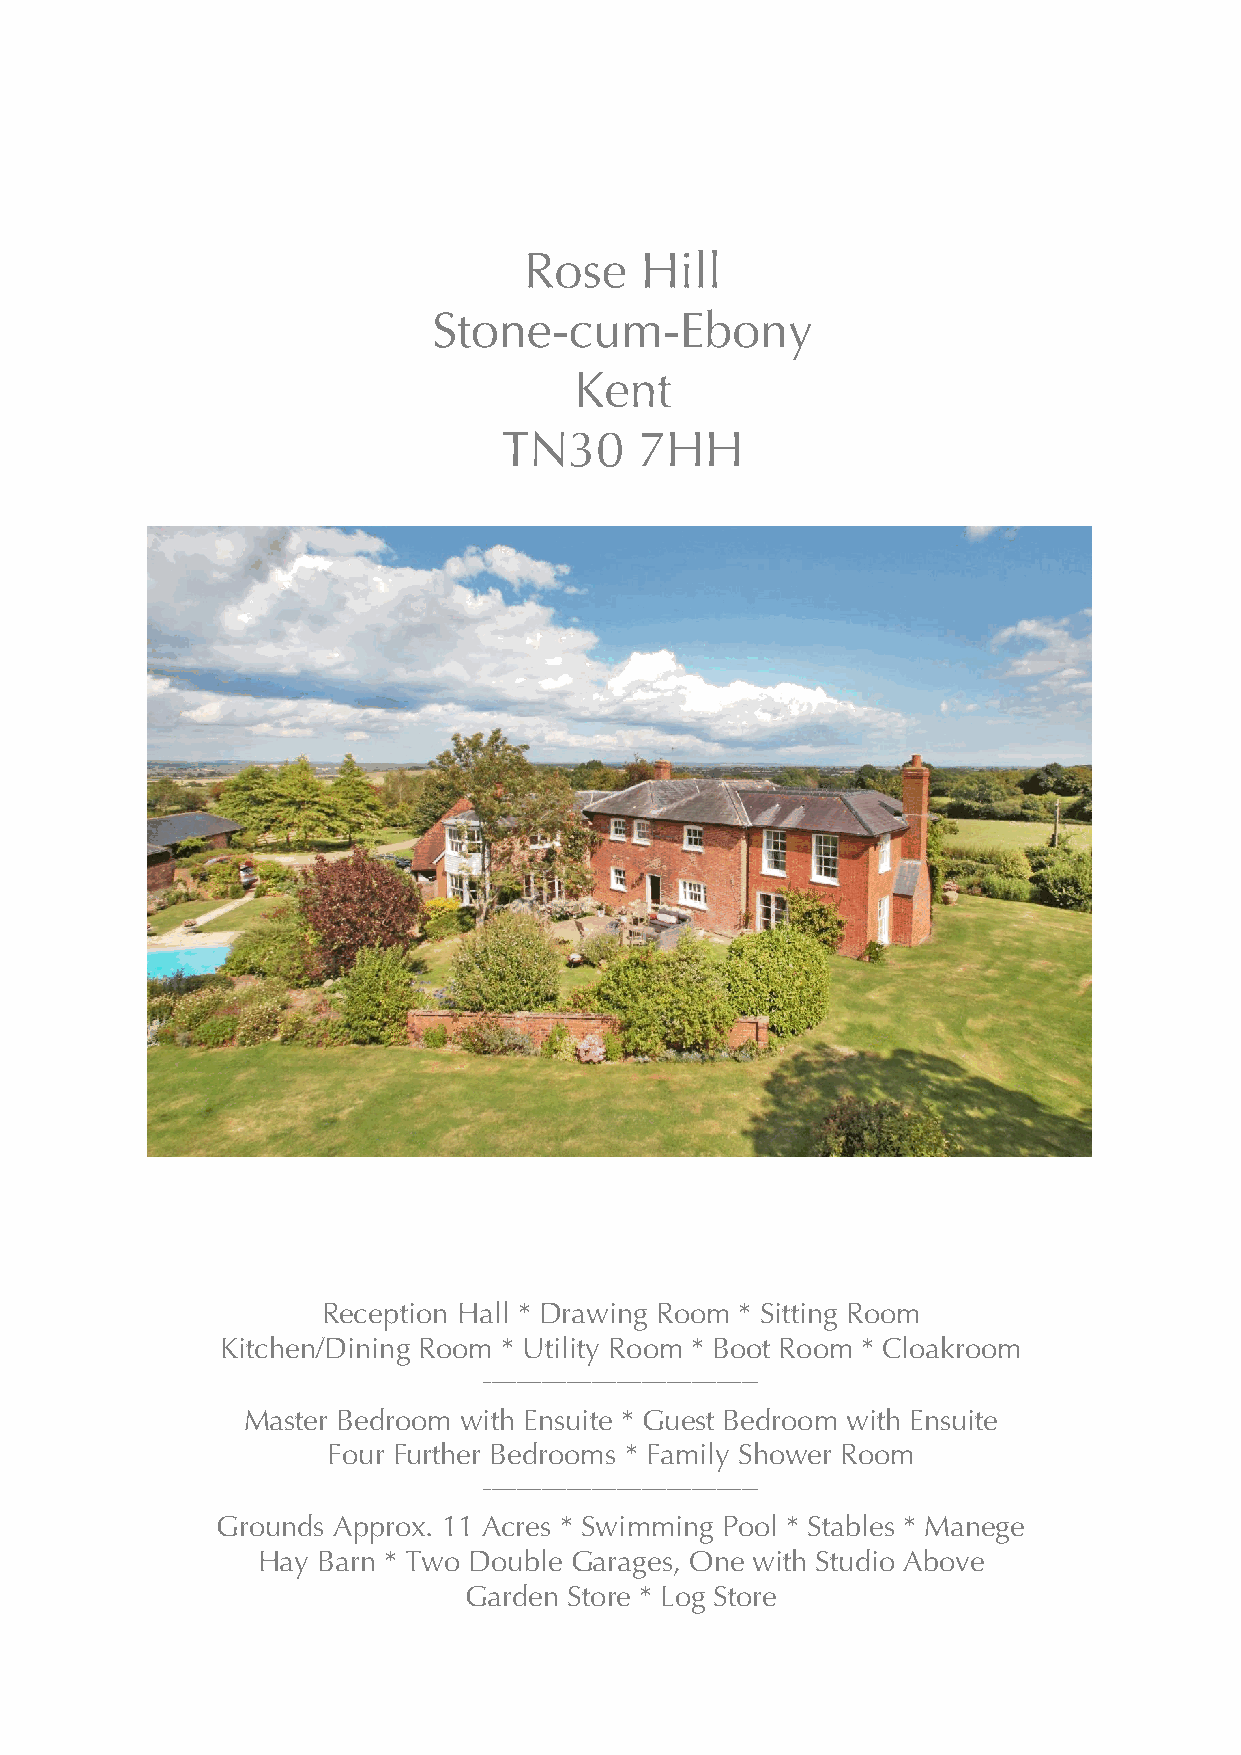
Rose   Hill
 Stone-cum-Ebony
 Kent
 TN30     7HH
 Reception Hall * Drawing Room * Sitting Room
 Kitchen/Dining Room * Utility Room * Boot Room * Cloakroom
 _________________________________
 Master Bedroom with Ensuite * Guest Bedroom with Ensuite
 Four Further Bedrooms * Family Shower Room
 _________________________________
 Grounds Approx. 11 Acres * Swimming Pool * Stables * Manege
 Hay Barn * Two Double Garages, One with Studio Above
 Garden Store * Log Store